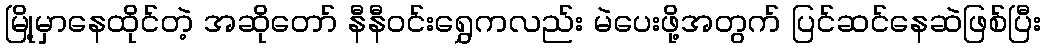
မြို့မှာနေထိုင်တဲ့ အဆိုတော် နီနီဝင်းရွှေကလည်း မဲပေးဖို့အတွက် ပြင်ဆင်နေဆဲဖြစ်ပြီး